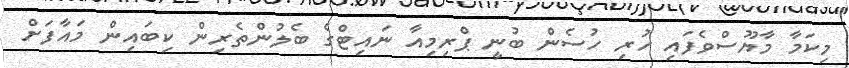
މިކަމާ މާޔޫސްވެފައި ހުރި ހުސެން ބުނީ ޕްރިމިއާ ނައިޓްގެ ބެލުންތެރިން ކިބައިން މައާފަށް